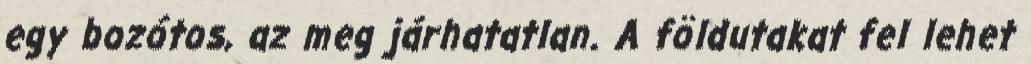
egy bozótos, az meg járhatatlan. A földutakat fel lehet